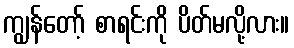
ကျွန်တော့် စာရင်းကို ပိတ်မလို့လား။